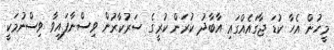
މީހުން އެހާ ކުޑަ ޖާގައެއްގައި އާބާދު ކުރަން ކުރީގެ ސަރުކާރުން ވިސްނާފައިވާ ވިސްނުމަކީ